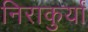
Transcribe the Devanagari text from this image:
निराकुर्यां